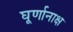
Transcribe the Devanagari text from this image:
घूर्णानाक्ष